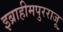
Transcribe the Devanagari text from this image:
इब्राहीमपुरराजू